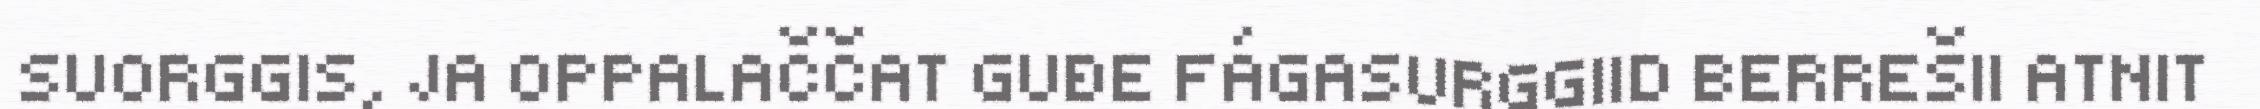
SUORGGIS, JA OPPALAČČAT GUĐE FÁGASURGGIID BERREŠII ATNIT